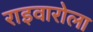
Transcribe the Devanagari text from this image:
राइवारोला